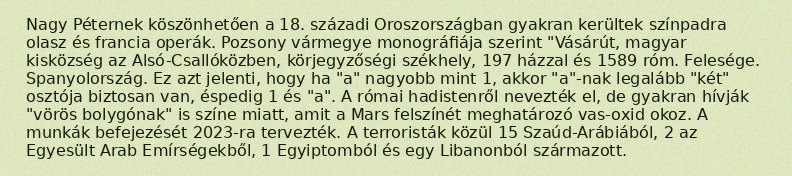
Nagy Péternek köszönhetően a 18. századi Oroszországban gyakran kerültek színpadra olasz és francia operák. Pozsony vármegye monográfiája szerint "Vásárút, magyar kisközség az Alsó-Csallóközben, körjegyzőségi székhely, 197 házzal és 1589 róm. Felesége. Spanyolország. Ez azt jelenti, hogy ha "a" nagyobb mint 1, akkor "a"-nak legalább "két" osztója biztosan van, éspedig 1 és "a". A római hadistenről nevezték el, de gyakran hívják "vörös bolygónak" is színe miatt, amit a Mars felszínét meghatározó vas-oxid okoz. A munkák befejezését 2023-ra tervezték. A terroristák közül 15 Szaúd-Arábiából, 2 az Egyesült Arab Emírségekből, 1 Egyiptomból és egy Libanonból származott.